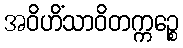
အဝိဟိံသာဝိတက္ကဉ္စေ